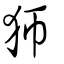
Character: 𤜳